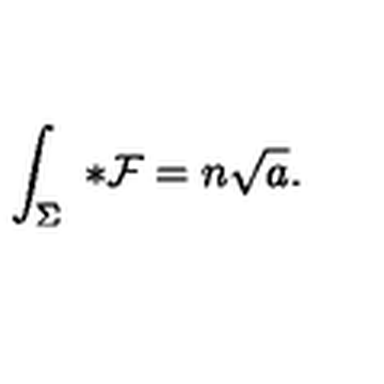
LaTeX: \int _ { \Sigma } \ { * } { \cal F } = n \sqrt { a } .